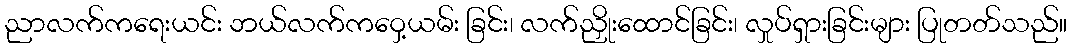
ညာလက်ကရေးယင်း ဘယ်လက်ကဝှေ့ယမ်း ခြင်း၊ လက်ညှိုးထောင်ခြင်း၊ လှုပ်ရှားခြင်းများ ပြုတတ်သည်။